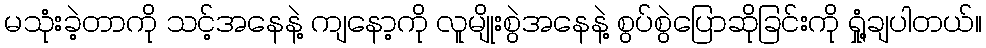
မသုံးခဲ့တာကို သင့်အနေနဲ့ ကျနော့ကို လူမျိုးစွဲအနေနဲ့ စွပ်စွဲပြောဆိုခြင်းကို ရှုံ့ချပါတယ်။